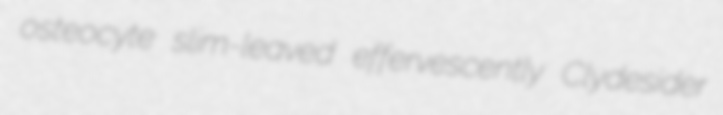
osteocyte slim-leaved effervescently Clydesider